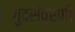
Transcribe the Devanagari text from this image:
गुदसंवरणी